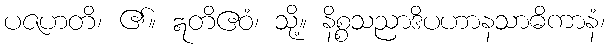
ပဇဟတိ၊ ၏။ ဣတိဧဝံ၊ သို့။ နိစ္စသညာဒိပဟာနသာဓိကာနံ၊